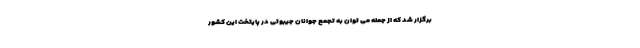
برگزار شد که از جمله می توان به تجمع جوانان جیبوتی در پایتخت این کشور